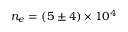
n _ { e } = ( 5 \pm 4 ) \times 1 0 ^ { 4 }